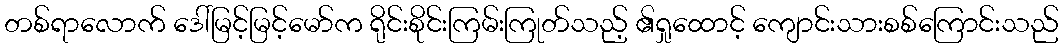
တစ်ရာလောက် ဒေါ်မြင့်မြင့်မော်က ရိုင်းစိုင်းကြမ်းကြုတ်သည့် ၏ရှုထောင့် ကျောင်းသားစစ်ကြောင်းသည်